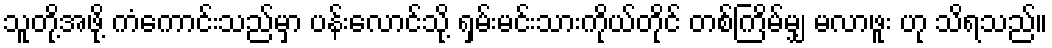
သူတို့အဖို့ ကံကောင်းသည်မှာ ပန်းလောင်သို့ ရှမ်းမင်းသားကိုယ်တိုင် တစ်ကြိမ်မျှ မလာဖူး ဟု သိရသည်။